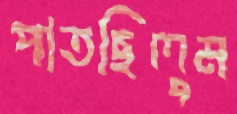
পাতছিলুম